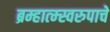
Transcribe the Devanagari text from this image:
ब्रम्हात्म्स्वरुपाचे